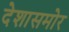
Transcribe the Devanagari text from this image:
देशासमोर